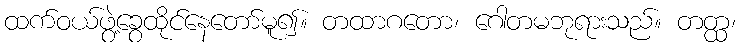
ထက်ဝယ်ဖွဲ့ခွေထိုင်နေတော်မူ၍။ တထာဂတော၊ ဂေါတမဘုရားသည်။ တတ္ထ၊